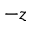
- z